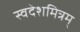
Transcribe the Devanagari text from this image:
स्वदेशमित्रम्